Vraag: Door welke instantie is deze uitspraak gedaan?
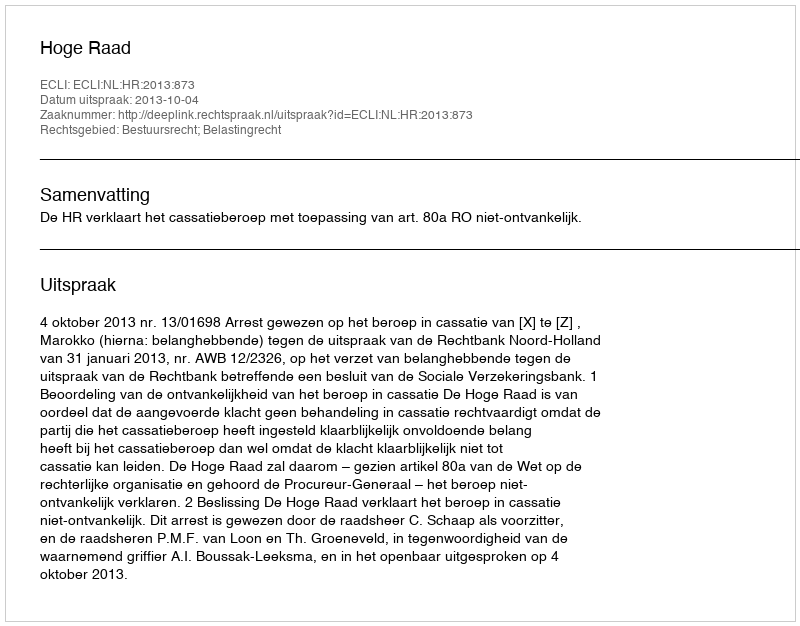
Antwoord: Hoge Raad